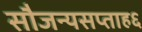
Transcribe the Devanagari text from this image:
सौजन्यसप्ताह६